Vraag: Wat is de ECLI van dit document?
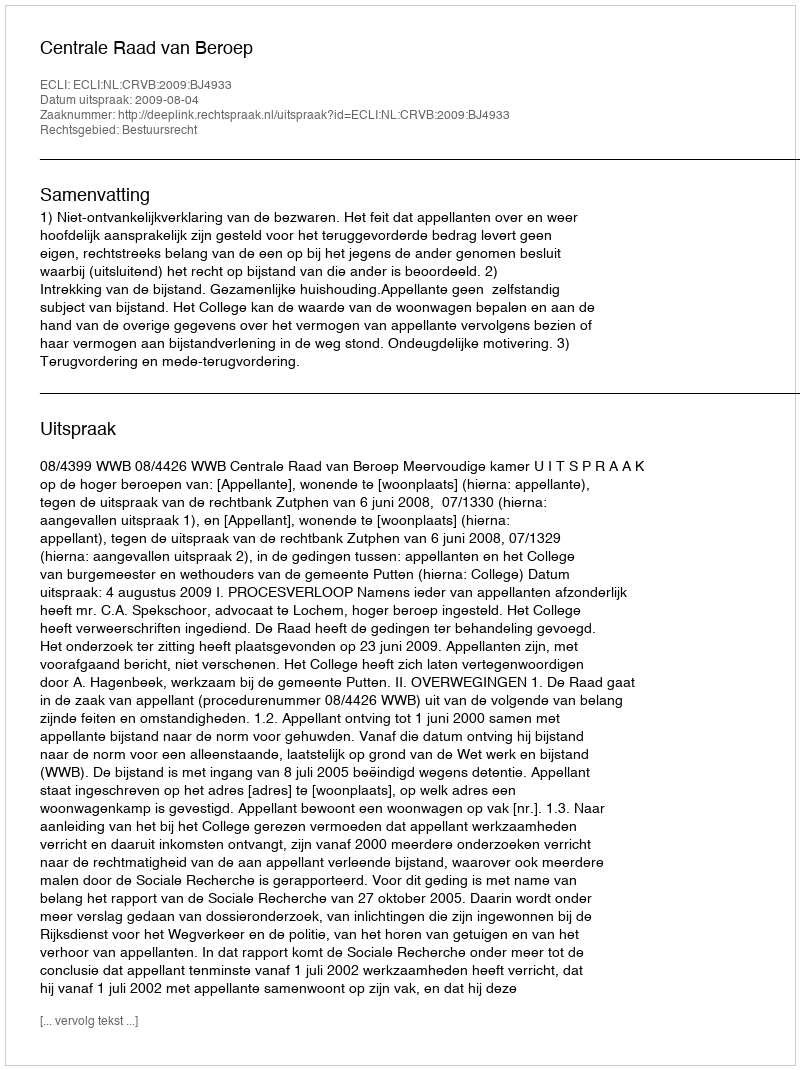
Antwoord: ECLI:NL:CRVB:2009:BJ4933